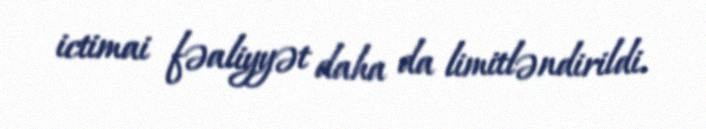
ictimai fəaliyyət daha da limitləndirildi.